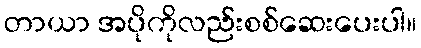
တာယာ အပိုကိုလည်းစစ်ဆေးပေးပါ။